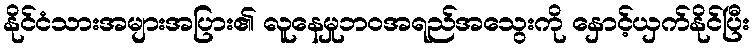
နိုင်ငံသားအများအပြား၏ လူနေမှုဘဝအရည်အသွေးကို နှောင့်ယှက်နိုင်ပြီး